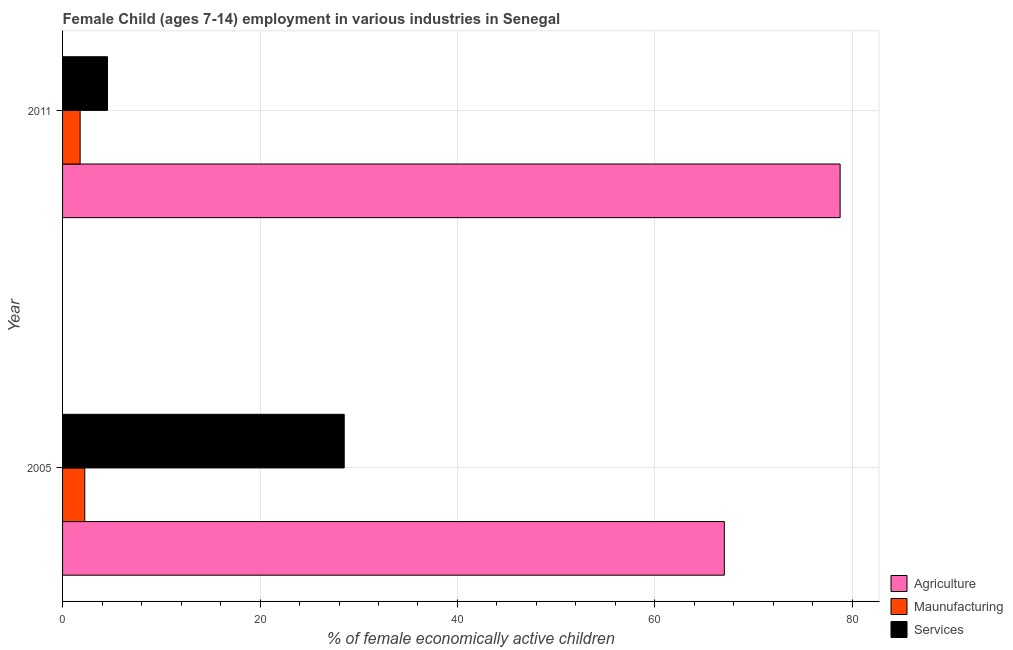
| Year | Agriculture | Maunufacturing | Services |
 | --- | --- | --- | --- |
 | 2005 | 67 | 2.25 | 28.5 |
 | 2011 | 78.8 | 1.78 | 4.55 |